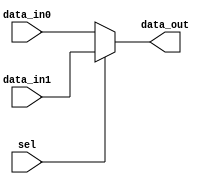
//////////////////////////////////////////////////////////////////////////////////
// Team: 
// Member: 
// 
// Module Name:    Control_Unit 
// Project Name:   Pocket_Calculator_Processor
//
// Additional Comments: 
//
//////////////////////////////////////////////////////////////////////////////////

module mux2_1 #(parameter N=16)(
  
    input [N - 1: 0] data_in0, data_in1,
    input sel,
    output [N - 1: 0] data_out
);

assign data_out = sel ? data_in1 : data_in0;

endmodule